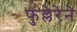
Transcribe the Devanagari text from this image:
फुल्लेरेने